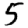
Digit: 5